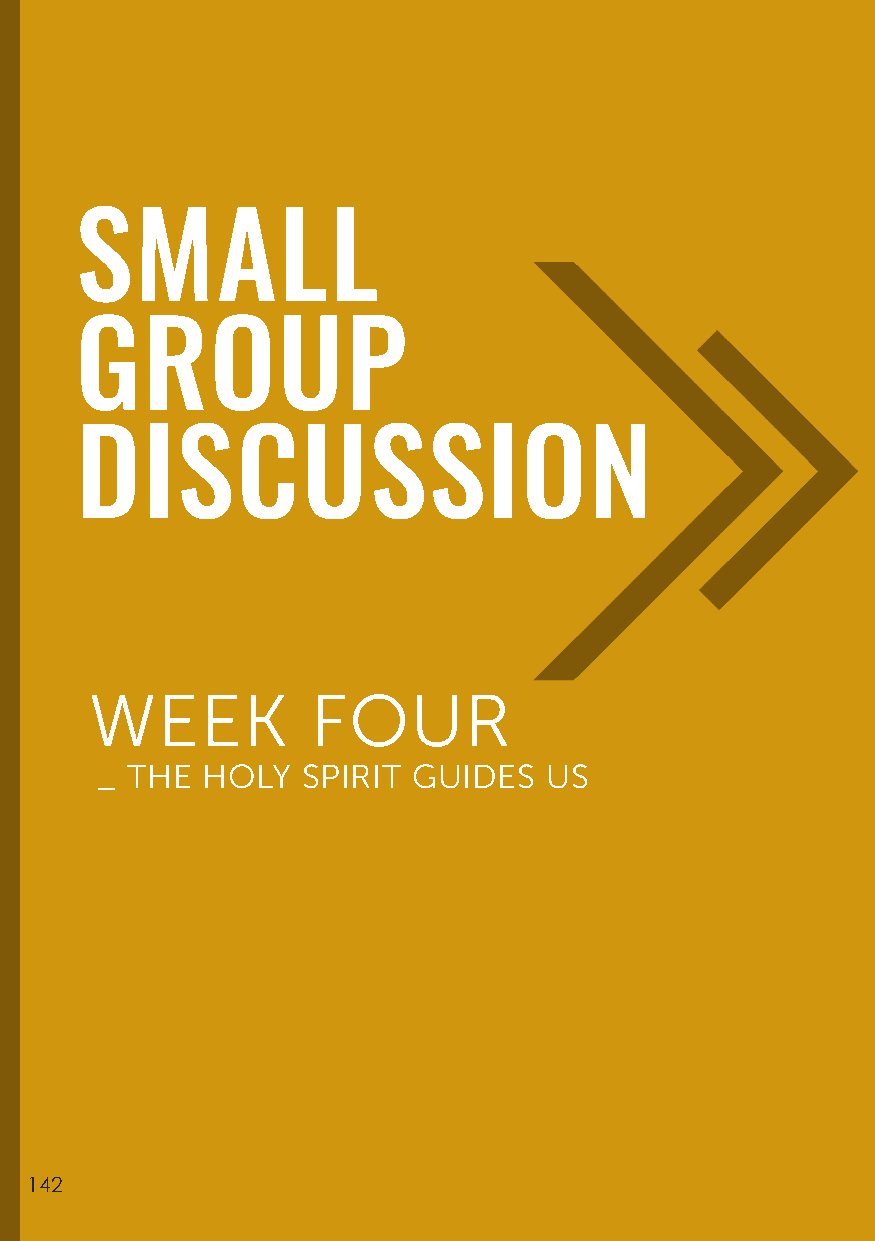
SMALL
 GROUP
 DISCUSSION
 WEEK           FOUR
 _ THE  HOLY   SPIRIT GUIDES   US
 142